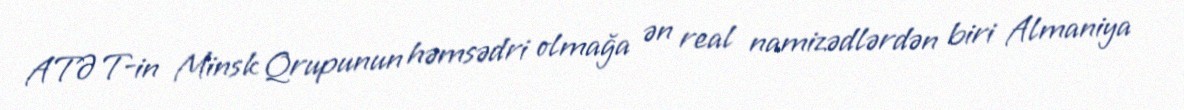
ATƏT-in Minsk Qrupunun həmsədri olmağa ən real namizədlərdən biri Almaniya